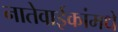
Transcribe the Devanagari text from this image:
नातेवाईकांमधे